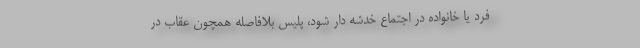
فرد یا خانواده در اجتماع خدشه دار شود، پلیس بلافاصله همچون عقاب در